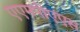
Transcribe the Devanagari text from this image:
एएमपीएएस